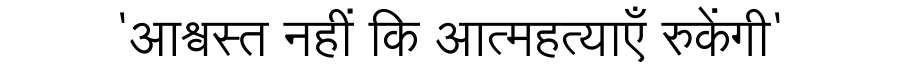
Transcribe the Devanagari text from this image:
'आश्वस्त नहीं कि आत्महत्याएँ रुकेंगी'